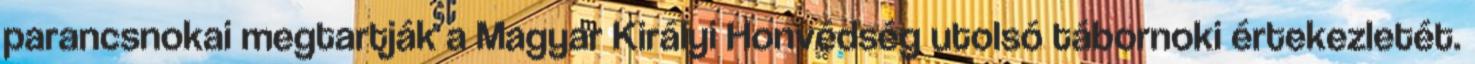
parancsnokai megtartják a Magyar Királyi Honvédség utolsó tábornoki értekezletét.